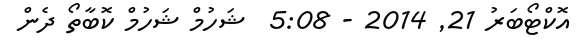
އޮކްޓޯބަރު 21